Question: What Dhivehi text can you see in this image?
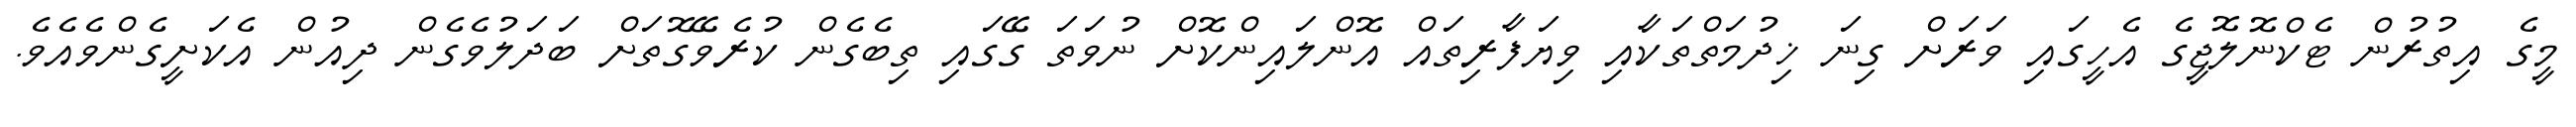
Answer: މީގެ އިތުރުން ޓެކްނޮލޮޖީގެ އެހީގައި ވަރަށް ގިނަ ޚިދުމަތްތަކާއި ވިޔަފާރިތައް އޮންލައިންކޮށް ނުވަތަ ގޭގައި ތިބެގެން ކުރެވޭގޮތަށް ބަދަލުވެގެން ދިއުން އެކަށީގެންވެއެވެ.